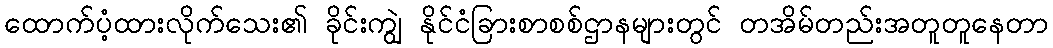
ထောက်ပံ့ထားလိုက်သေး၏ ခိုင်းကျွဲ နိုင်ငံခြားစာစစ်ဌာနများတွင် တအိမ်တည်းအတူတူနေတာ